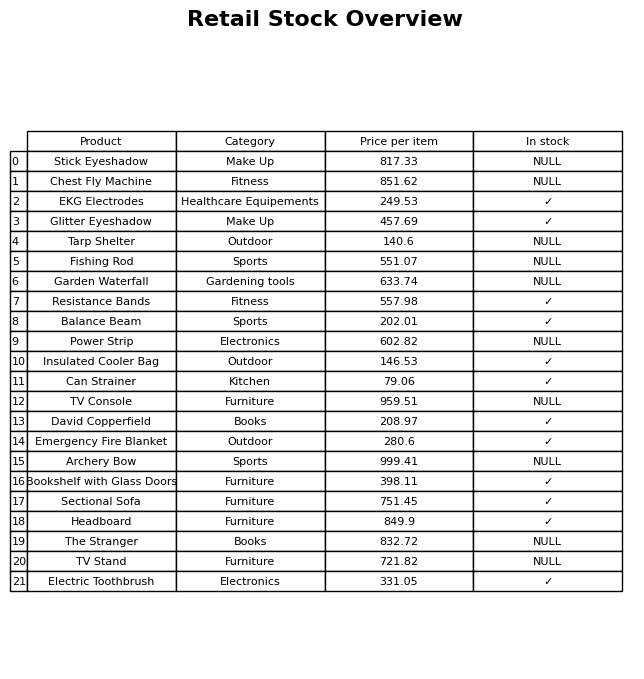
question: What is the price of the Sectional Sofa?
answer: The price of Sectional Sofa is 751.45.